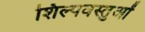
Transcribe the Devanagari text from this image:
शिल्पवस्तुओं